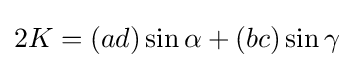
2K=(ad)\sin \alpha +(bc)\sin \gamma